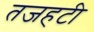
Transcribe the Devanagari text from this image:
तजहटी